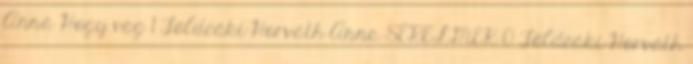
Anna Hogy vag 1 Földeáki-Horváth Anna SÉRELMEK 0 Földeáki-Horváth